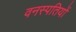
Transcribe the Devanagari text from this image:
वनस्‍पतियों